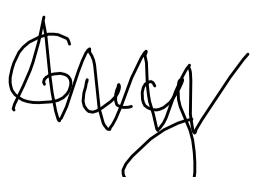
Text: Guy
Cross-out: zig-zag
Writing tool: digital_black